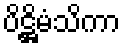
ပိဋ္ဌိမံသိကာ